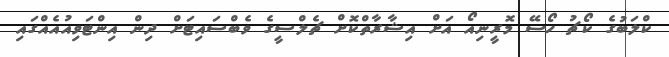
ކްލަބުގެ ކޯޗު ހޯސޭ މޮރީނިއޯ އަށް އިޝާރާތްކޮށް ޗެލްސީގެ ވެބްސައިޓަށް ދިން އިންޓަވިއުއެއްގައި